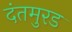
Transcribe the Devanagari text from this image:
दंतमुरड